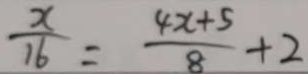
\frac { x } { 1 6 } = \frac { 4 x + 5 } { 8 } + 2